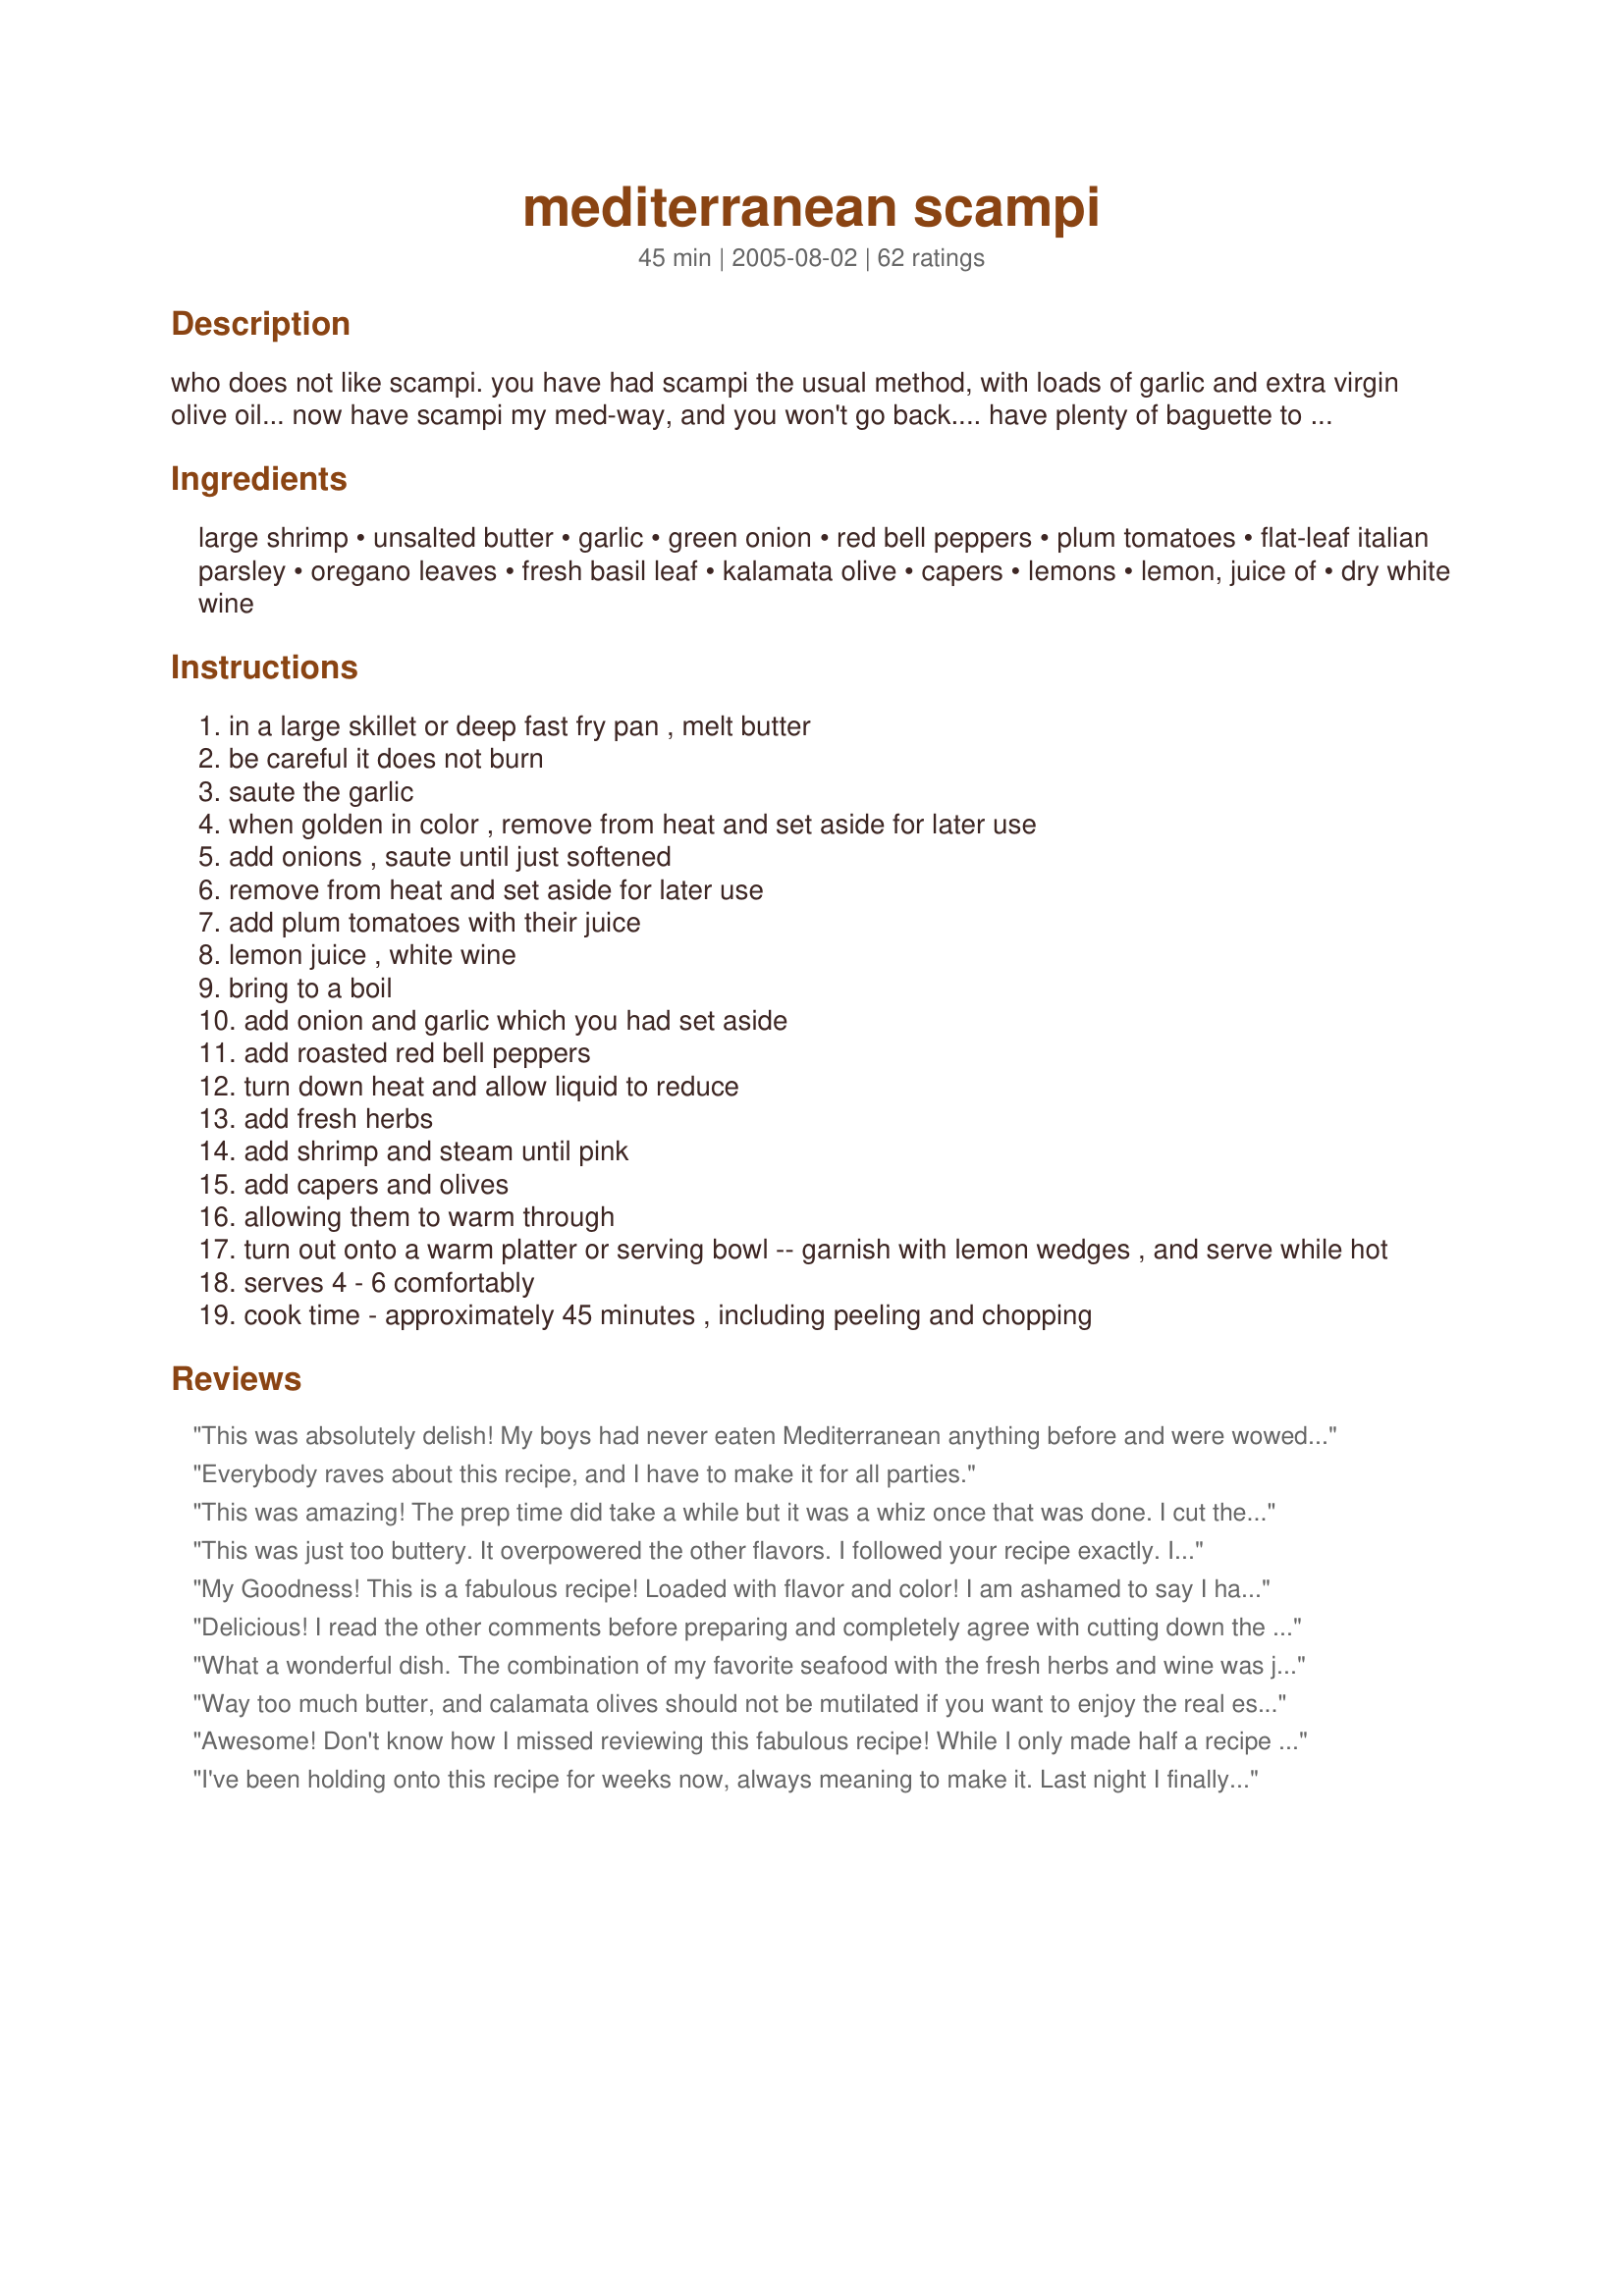
mediterranean scampi
Preparation time: 45 minutes

who does not like scampi. you have had scampi the usual method, with loads of garlic and extra virgin olive oil... now have scampi my med-way, and you won't go back.... have plenty of baguette to soak up all the sauce... so good, you will be sorry when it is all gone. winning recipe entry, rsc#7.

Ingredients:
large shrimp, unsalted butter, garlic, green onion, red bell peppers, plum tomatoes, flat-leaf italian parsley, oregano leaves, fresh basil leaf, kalamata olive, capers, lemons, lemon, juice of, dry white wine

Steps:
in a large skillet or deep fast fry pan , melt butter
be careful it does not burn
saute the garlic
when golden in color , remove from heat and set aside for later use
add onions , saute until just softened
remove from heat and set aside for later use
add plum tomatoes with their juice
lemon juice , white wine
bring to a boil
add onion and garlic which you had set aside
add roasted red bell peppers
turn down heat and allow liquid to reduce
add fresh herbs
add shrimp and steam until pink
add capers and olives
allowing them to warm through
turn out onto a warm platter or serving bowl -- garnish with lemon wedges , and serve while hot
serves 4 - 6 comfortably
cook time - approximately 45 minutes , including peeling and chopping

Reviews:
This was absolutely delish! My boys had never eaten Mediterranean anything before and were wowed by how great all of the flavors melded together, me too! Thanks for posting
Everybody raves about this recipe, and I have to make it for all parties.
This was amazing! The prep time did take a while but it was a whiz once that was done. I cut the butter in half and saut?ed the garlic first for about 1 -2 minutes then added the onions and took them out together. I added about 3 T of olive oil before adding the tomatoes. I used probably twice as much oregano and basil. Followed everything else as written. Served with piping hot Fenech baguette and feta cheese. Beyond Delish!! Happy New Year indeed!
This was just too buttery. It overpowered the other flavors. I followed your recipe exactly. I expected "wow" because it won a contest....sorry, this didn't "wow" me.
My Goodness! This is a fabulous recipe! Loaded with flavor and color! I am ashamed to say I have neglected in the past, the recipes of the RSC contest. According to my results of this recipe, I now know I have missed a lot. This is not a mistake I will make again. This recipe contains more prep time than I normally would give to a shrimp recipe. But this particular recipe is definitely worth the added time and effort. I made as directed including roasting my own red bell pepper, chopping an entire clove of garlic by hand and pitting and chopping kalamata olives . I will definitely make this recipe again and when I do, I may add just a touch of crushed red pepper flakes. Thanks very much to the contest chef for creating this wonderfully flavorful recipe!
Delicious! I read the other comments before preparing and completely agree with cutting down the butter. There is so much flavor with all the other ingredients. I also added marinated jarred artichoke hearts.
What a wonderful dish. The combination of my favorite seafood with the fresh herbs and wine was just amazing and so right about having the bread to soak up the sauce. Definitely a keeper
Way too much butter, and calamata olives should not be mutilated if you want to enjoy the real essence of GREEK. Iam not impressed and I can't beleive this is the #1 recipe. How sad.
Awesome! Don't know how I missed reviewing this fabulous recipe! While I only made half a recipe it was super easy to put together. The garlic easily prepped and sauted - the tomatoes given a quick hot dip to remove the skins and on to some quick chopping. Other then using a touch less of the olives (because that is all I had on hand) I made as directed with winning results! Definitely a winner. Only change I will make next time around is to make the whole 2 pound recipe and share with my shrimp loving family!
I've been holding onto this recipe for weeks now, always meaning to make it. Last night I finally got all the ingredients together, but was in a time crunch.. I used cocktail shrimp to save time, used a bit less butter, and regular tomatoes. I was afraid I probably ruined the taste, but when it finished simmering, and I ladled it out into huge bowls for DH and myself.. it was outstanding!! I bought fresh garlic infused baguette from the grocery store... my husband raved all night long about the taste! The lemon and herbs blend so beautifully. Without a doubt this recipe will be in my permanent collection. I'm emailing it today to my mother in Virginia. She has frequent dinner parties, and I think it would suit her well. Thank you for the recipe!!
This is delicious. I note that it did take me considerably longer to make than the 45 minutes noted. However, it was well worth the time spent. I used chicken broth instead of white wine, and I took the tails off the shrimp to be able to enjoy the shrimp whole without having to worry about not biting into the tail. Thanks for posting.
This is a definate keeper! Beautiful blend of flavors, and an easy dish to make,I preped the veggies the day before, and just assembled and cooked when my guests arrived, I did make a mistake though, I used 1/4 lb of butter instead of 1/2 lb, I will make this again using the correct amt.
This is worth more than 5 stars. What can you say only WOW!!!!
Toolie, you have outdone yourself! Used only 1/4 lb. unsalted butter and Spanish capers, but the result is still incredible.
Will pass this recipe on to friends.. there are no leftovers for them to try...
Finally found this one!! I found it when I first got into Zaar, and then wrote it down and made it and couldn't find it again to rate it!! I served this over wild rice this was very different than a lot of the shrimp dishes that we've had in the past. I left out the kalamatas (personal preference) and next time I would leave out the capers too they just didn't do it for me in this dish. It was a really intersting way to make shrimp though. Thanks for posting!
I chose this recipe last night because of all the votes. I am not normally such a creative chef, but our dinner guests requested Meditteranean so I gave it a try. SO glad I did! I ask my husband to rate my new recipes on a scale from 1-10. I've usually gotten 8,9 or 10- but this recipe got a 12! A first! The guests loved it too. Not only was it aromatic and flavorful, the presentation was nice, too. <br/><br/>I made a few subs- I used chicken broth instead of wine (actually think it would be okay without it), I used regular tomatoes instead of plum, I used half the butter, I only had one roasted red pepper so I used jarred for the other, I only put in a few tablespoons of olives and about 1 (or less) TBS of capers (I was nervous about them). Even after ALL those substitutions, everyone still loved it. Served it with salad and a crunchy bread.<br/><br/>It took me about 2 hours to make from start to finish- the major time killers were roasting the red peppers (1 hour total, but super easy, you can be doing other prep while you wait), and peeling, crushing and chopping all that garlic. Both of these things can be done the day before (store red peppers in oil), so I will be doing that next time. Now that I've done it once, it will be a breeze to do over, which I certainly will (again and again!).<br/><br/>THANK you for this recipe, I loved hearing what a great chef I am! :)
My family really enjoyed this dish! I normally do not make dishes this high in fat, but occasionally it is worth the calories. I found the directions clear and the dish easy to prepare.
Wow, did I love this. The flavors were a terrific mix. It was so simple, fresh and special enough to serve for an elegant meal.
after reading all the reviews, I will be curious as to how it will turn out. congratulations and i will let you know how mine turns out
ROSAMARIA
Halved the recipe for the two of us, fresh French baguette on the side and it was wonderful. I loved the amount of garlic in this recipe and it was easy to put together because the instructions were clear. A winner for me!!
This dish has alot of great flavor. I did change it up a little;

I used chicken instead of shrimp - we just cut it up into bite size pieces and cooked it first, seasoning with salt & pepper. Then began adding ingredients as listed. I cut back drastically on the butter and used EVOO - about 2 Tbsp and only 1 Tbsp butter (just for flavor). We also used a can of diced tomatoes. Served this over whole wheat pasta from Trader Joe's. This is definitely a keeper. Thanks for posting.
This was amazing! The only thing I changed was I used chicken broth instead of wine. I will be making this version alot. Thank you for posting.
Was very good reminds me of greese
I finally got around to trying this dish today, being Greek-born, this recipe has all of my favorite ingredients in it! This is a dish that has complex flavors, but all blend together well to create a very tasty dish. I did increase the shrimp and olives, served this topped with freshly grated Parmesan cheese, and homemade rolls for a late weekend brunch. I am very impressed with this recipe, and plan on making it again soon, great recipe Toolie, we really enjoyed this dish!...Kitten:)
This was absolutely fantasic. My husband is not a shrimp fan and he liked it. I put about 1/3 of the butter in and added " a splash of olive oil", sorry I'm not famous for measuring things. I jut pour; I would say about 2 tbsp. I added a little extra basil and oregano (just because I chopped too much and didn't want to waste it. I served it over chinese rice vermicelli. I may cut out or add less capers (only because I'm on a low sodium diet. I have taken a picture and will send it once I have down loaded it.

Thanks for posting this recipe. It is the best I have tried so far.
This is EXELLENT! I organised a dinner party just with finalists' recipes and this was the overall winner of my test team! I made sure to cook the finalist recipes with as little changes as possible, and I didn't add salt as this recipe didn't ask for any. I was astonished how flavourful this was, although there is no salt in it. I did use slightly less butter as stated, but I think you shouldn't cut it too much, since the butter makes this so tasty. Thank you so much for creating such a wonderful dish. I will do this again!
Wow! I made this last night for a BBQ (as an appy) and it was not only a beautiful presentation- but delicious! I will keep this in the keeper file!! Thank you so much for the recipe :)
A lovely variation on scampi, I halved the recipe and substituted regular tomatoes for the plum as i had a ton from my garden.I served this with caesar salad, Ev's baked feta (#67949)and hot french bread.DH said this was "slap your Mama" food.Its a keeper!!<br/>just made this recipe again..timed myself..took 20 mins start to finish.did use jarred red peppers.but still fabulous recipe.and really quick to whip up..maybe im a really fast chopper .lol!
Lovely, fresh, flavorful. Used jarred roasted bell peppers and dried basil- but otherwise followed your recipe exactly. Served over linguine. Mmmm- So, so delicious!!!!!
Restaurant-quality delicious! I made a 1/2 recipe, just for DH and myself and wish I'd made the full version as we were both waxing ecstatic with each and every bite! This chef's technique is right on the money; instructions thoughtfully and correctly written out and recipe easy to follow. The result is divine and a recipe that will be repeated again and again in my repertoire (especially for company). The sauce is too wonderful and perfectly complements the shrimp (I used #1 size and left the heads on for extra-delicious eating). Bravo, chef!
Of the 100 recipes submitted for the RSC #7 contest, I choose to review three and this is one of them. So very good on you! It is a tall order to made a better recipe then the traditional Italian Shrimp Scampi with Garlic... This recipe is a good alternative to the traditional scampi and I am sure others will like it. But for me the traditional shrimp scampi is still numero uno.
This was an awesome recipe! I did not use 2 lbs of shrimp as I thought it might be too much. I did add some cooked chicken since one of my sons doesn't like shrimp. I also served it over angel hair pasta..It was delish!! Overall I would highly reccomend this dish!!!
This was the most raved about dish at a luncheon of Zaar chefs, hosted by LoisM! Although I wasn't involved in the preparation, I've reviewed the directions - they seem to be clear & complete. The result was awesome - a real taste treat! If you forget the baguette, you'll probably want to lick the sauce from your plate!!
Delicious, absolutely delicious. We certainly enjoyed this easy to make dish. What can I say about the lovely combination of flavours except... muummmmmm. Thank you so much for sharing.
I followed this recipe to the letter...apart from using both red and green bell peppers. This recipe is bursting with flavour...love the addition of the olives and capers - capers happen to be one of my secret loves!! I'm lucky to have basil, oregano and continental parsley growing in pots, so the herbs were super fresh.I served this very simply...with french bread and a green salad (and a lovely bottle of Wolf Blass Chardonnay). Thanks Toolie for an enjoyable meal!
I think I have died and gone to heaven!! I prepared this recipe for a dinner with friends, we all (4)agreed this is a winner, a definite 5***** + recipe!
Easy to follow directions! The flavours are so very Mediterranean we all thought we were eating in a seaside restaurant! The key to this recipe is to use all fresh ingredients. This dish will be one of my favourites!
.
what a creative recipe! I loved it. The only change I made was to use a really good Greek EVOO since I just bought it and omit the butter & add red pepper flakes. It was heavenly. Served the dish with couscous but next time I will go with a good crusty bread. Thanks!
A very good combination of flavors but I found the butter to overpower everything and to become almost the pre-dominant flavor of the dish.
This is wonderful!
I had printed out this recipe long ago. I just ran into it again, sounded good, so I made it (without reading any reviews). My DH, friend and I all thought it was terrific.
I did make a few changes: used half butter, half olive oil, regular onion, red peppers that were not roasted, half the tomato. I sauteed the garlic, onion and red pepper together and didn't remove them. Followed the directions from here on, used thawed, pre-cooked shrimp. Served over brown rice. I would definitely make this again!
I thought this was a good recipe but I didn't find it to be great. In all fairness, I used jarred roasted red peppers rather than fresh (since I couldn't get to the store to get peppers) and I cut the butter in half per previous reviewers recommendations. I actually think I would have preferred a bit more butter to thicken this up (and that says a lot coming from me who cuts the fat in all recipes everywhere possible!). On the flip side...my husband thought it was GREAT! I think feta cheese would have been a great topper for this but I didn't have any on hand to confirm this. I would give this 3.5 stars...my husband would give it 4.5 stars so it's a 4 from us. Neither of my kids (age 2 and 4) liked this much but my 2 year old did enjoy the shrimp out of it. I will try this one again and increase the butter a bit, add REAL roasted red peppers and top with feta and report back! Nice change of pace from regular scampi!!! Thanks for posting.
Pretty good. My bf said it was a bit "fishy" and I thought the capers stood out too much, but other than that we enjoyed it.
Dude! I would rate this a 6+. I was tasting this all day before I started cooking. Moron me, I served this with rice instead of noodles (mediterranean right?) Oh well, it was like I-talian gumbo. Very flavorful. I used 1-1/2 sticks of butter, used 1 can of diced tomatoes with juice (close enough to 2 cups). For fresh herbs that I did not have, I used half the recipe with the dry. This stuff tasted better than restaurant quality.
Seriously - this took me FOUR hours to make from start to finish. I have never been so irritated with a recipe in my entire life. I don't know how anyone could possible prep this in 20 minutes (as it's listed). It was good, but certainly not great. That is 4 hours of my life I will never get back. I would highly recommend against making this. If you decide to make it, use canned tomatoes, bottled roasted peppers, ez-peel shrimp, and bottled minced garlic. Thank God that I got lucky with the olives - when I opened the jar, I was surprised to find that they were already pitted. I never want to see this recipe again!
This is possibly the best dish ever! The house smells like a 5* Italian restaurant. Seriously, make this, then go outdoors for a minute and come back in. WOW! I figured if this tasted half as good as it smells, it will be a winner. Well it tastes TWICE as good as it smells. No two bites taste the same. You get a kick from a medley of ingredients that somehow magically changes with each bite.
We took tails off before cooking which is definitely the way to go. Otherwise it would've been a mess to get the tails off while eating.
Served over steamed rice. 50 bazillion million gagillion stars!!!! Thank you so much.
I started by sauting the onions and peppers (which I didn`t roast because of time. I wish I had jar roasted peppers)in the butter then adding the garlic letting them brown then adding the tomatoes (I used cherry tomatoes halved) and the rest of the ingredients. Ending with the shrimp. I did find the olives and caper overpowered the dish. Loaded with so many flavors. Love all the garlic. I did feel the butter could have been cut in half along with the olives. I`m having a hard time rating this. 31/2 stars it is. Because I think the directions could have been made easier and the olives and capers were overpowering as was the butter.But since there is no 31/2 I`ll go up and make it a 4 star recipe.
I think it took over an hour even with my shortcuts below, but well worth it. I used chicken (husband doesn't eat shrimp), 2 tblsp olive oil and 1 tblsp butter, garlic from the jar, a jar of roasted peppers (chopped), canned, crushed tomatoes, cilantro (no flat-leaf at the grocery store), no capers, no lemons. I also used a couple of squirts of bottled lemon juice. And it turned out FANTASTIC. I tasted before and after the olives (my husband is not a fan of those either), and they really made the difference. I forgot, I also added about 1 tsp of crushed red pepper. It needed salt to taste and we ate over pasta.
Made this for dinner last night. This makes generous servings which are wonderful. The blending of fresh herbs makes for flavors that come alive on your taste buds. Did not have a baguette, which I sorely missed, but opted to serve it over couscous with a side salad.
This is a fabulous full flavored dish. I paid heed to the reviews and reduced the butter.
Who doesnt love a great scampi. This was very good, but I did have a few things I probably would have done differently. I thought the 1 cup of scallions was overwhelming in this recipe. I would have preferred using some shallot, and then maybe garnish with chopped scallion. I love garlic, but my head of garlic was HUGE, and I think if Id used the whole head, the garlic in the dish would have consumed everything... I dont know that I would have tasted anything but garlic. I used 8 cloves of garlic, leaving aside about 1/3 of the head of garlic. The red bell pepper and the olives were a lovely addition to this dish, as were the capers. I prefer a dish like this made with sherry, but for the purpose of this contest the white wine was sufficient.
I have made this recipe twice now, and thoroughly enjoyed it both times. Thank you for a lovely meal.
Let me just say that after my guests tasted this dish last night, they tried to convince me to open up a restaurant... Thank you.
I have just tried this recipe as I had a bag of prawns (shrimp) on hand wondering what to do with them. This meal was easy to cook and the taste was fantastic. It was a treat to have prawns this way. Thankyou.
In one word, "excellent"
This was made for me at our Ontario Zaar Luncheon at Lois M's home.
All I can say is WOW!!! I absolutely LOVED this dish...if I could give it 10 stars I would. This is a fantastic blend of fresh herbs, I could taste all the ingredients well.
Very flavourful and delicious, and I will be adding this one to my permanent collection.
Thanks for a winner!
I love scampi, and this was a great scampi recipe. Not much I can say that hasn't already been said, except....great job!!!!
This was suggested to me in the Request forum to fix for an evening with DH and martini's. It was great!!! I made thin spaghetti noodles to go with, but I think you could use rice or even fettuccine noodles as well. It was fanstastic.
Fantastic! Made according to recipe, easy & delicious. Added to my "Keepers" folder!
I made this recipe a few nights back, and have to say that is was fantastic Worth much more than five stars, Followed the recipe as close as possible except I did use three different colours of bell peppers.This just added to the colour presentation.I also added six large scallops in the last couple of minutes of cooking.These I sliced in half. Served this with orzo, cooked in beef broth,because that was what I had opened from asian food prepared the night before. Soaked up the sauce with the last of my homemade french bread which I had drizzled with evoo and freshly grated parmesan cheese, and toasted under the broiler.Did not use garlic on the bread because I did`t want to take away, or overpower the garlic in the sauce 
What more can I say.This is definately an upscale restaurant quality recipe Thank you Toolbelt for sharing this wonderful recipe... 
chef 199947
An interesting dish which we enjoyed with pasta. I did cut the amount of garlic in half and used a bit less shrimp than called for personal taste. Thanks for sharing this interesting dish.
Do these epople not use salt and pepperto season anything. If you cook shrimp for 45 minutes they will become rubbery. Why did this person remove the garlic and the onions from the heat only to add them a few seconds later.
Taste was okay not great. This dish was not very difficult to make. I would have served this on a bed of couscous.
I doctored this one up some replaced the tomatoes with Sun-Dried Tomatoes, and replaced one pound of the shrimp with scallops. Man it was GOOD. If you like scampi, you will LOVE this recipe! I also cut down the butter in 1/2 too.
